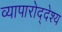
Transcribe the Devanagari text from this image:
व्यापारोद्देश्य